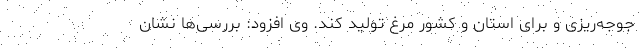
جوجه‌ریزی و برای استان و کشور مرغ تولید کند. وی افزود: بررسی‌ها نشان